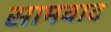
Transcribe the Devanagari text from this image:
सामवाद